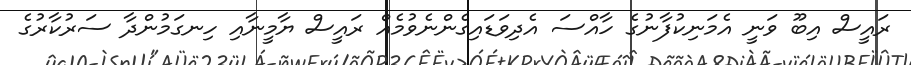
ރައީސް އިބޫ ވަނީ އެމަނިކުފާނުގެ ހާއްސަ އެދިވަޑައިގެންނެވުމެއް ރައީސް ޔާމީނާއި ހިނގަމުންދާ ސަރުކާރުގެ